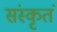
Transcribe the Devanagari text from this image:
संस्कृतं